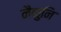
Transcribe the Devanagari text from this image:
नैकुनि